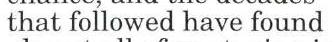
that followed have found